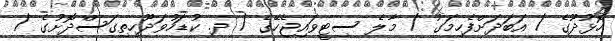
ހޮޅުދޫގެ / އަބަދަށްފެހިމަގު / މާލެ ސިޓީވައިޖެހޭގެ / ދ. ކުޑަހުވަދޫހިތިގަސްދޮށުގެ /